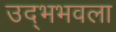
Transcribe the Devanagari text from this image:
उद्भभवला